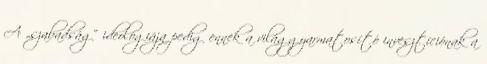
A „szabadság” ideológiája pedig ennek a világgyarmatosító invesztíciónak a